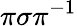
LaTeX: \pi\sigma\pi^{-1}